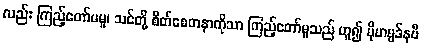
လည်း ကြည့်တော်မမူ၊ သင်တို့ စိတ်စေတနာကိုသာ ကြည့်တော်မူသည် ဟူ၍ မိုဟမ္မဒ်နဗီ